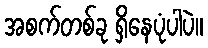
အစက်တစ်ခု ရှိနေပုံပါပဲ။